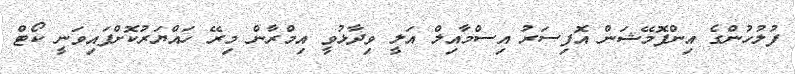
ފުލުހުންގެ އިންފޮމޭޝަން އޮފިސަރު އިސްމާއިލް އަލީ ވިދާޅުވީ އިމްރާން މިރޭ ހައްޔަރުކޮށްފައިވަނީ ކޯޓް